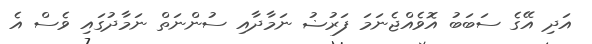
އަދި އޭގެ ސަބަބު އޮވެއްޖެނަމަ ފަރުޟު ނަމާދާއި ސުންނަތް ނަމާދުގައި ވެސް އެ